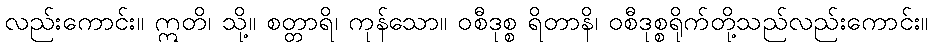
လည်းကောင်း။ ဣတိ၊ သို့။ စတ္တာရိ၊ ကုန်သော။ ဝစီဒုစ္စ ရိတာနိ၊ ဝစီဒုစ္စရိုက်တို့သည်လည်းကောင်း။